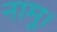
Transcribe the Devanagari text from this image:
नामु।